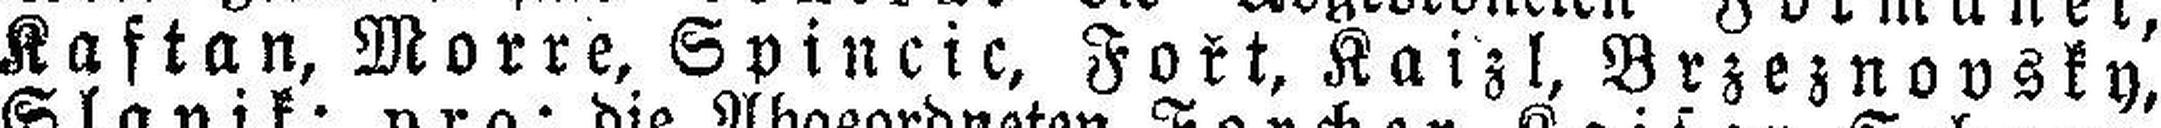
Kaftan, Morre, Spincic, Fořt, Kaizl, Brzeznovsky,